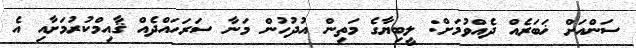
ސަންއަށް ޚަބަރެއް ދެއްވުމަށް: ލީބިޔާގެ މަތިން އުދުހުން މަނާ ސަރަހައްދެއް ޤާއިމްކުރުމަށާއި އެ